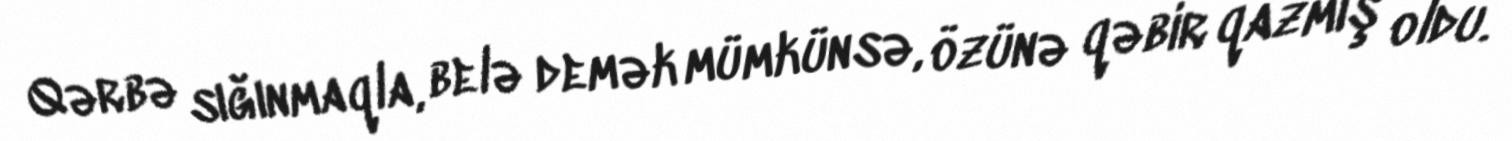
Qərbə sığınmaqla, belə demək mümkünsə, özünə qəbir qazmış oldu.